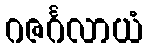
ဂဇင်္ဂလာယံ